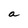
Character: a